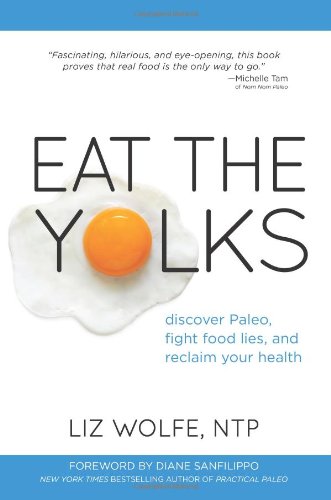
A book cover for Eat the Yolks; Liz Wolfe; Cookbooks, Food & Wine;